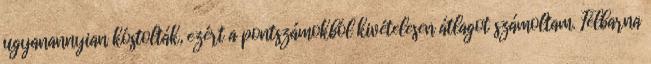
ugyanannyian kóstolták, ezért a pontszámokból kivételesen átlagot számoltam. Félbarna